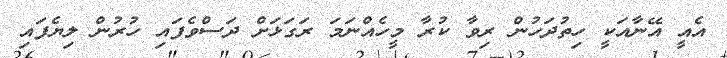
އެއީ އޭނާއަކީ ހިތުދަހުން ރިވާ ކުރާ މީހެއްނަމަ ރަގަޅަށް ދަސްވެފައި ހުރުން ލިޔެފައި